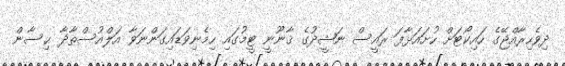
ދިވެހިރާއްޖޭގެ ހައިކޯޓަށް ހުށައަޅާފަ ރައީސް ނަޝީދުގެ ޤާނޫނީ ޓީމުގައި ހިމެނިވަޑައިގަންނަވާ އަލްއުސްތާޛާ ޙިސާން